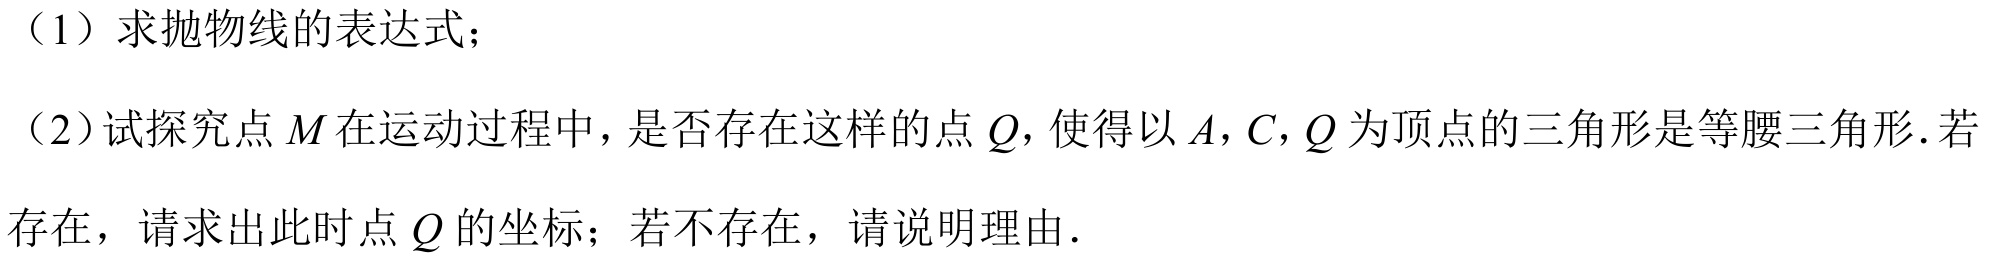
（1）求抛物线的表达式；
（2）试探究点\(M\)在运动过程中，是否存在这样的点\(Q\)，使得以\(A,C,Q\)为顶点的三角形是等腰三角形．若存在，请求出此时点\(Q\)的坐标；若不存在，请说明理由．